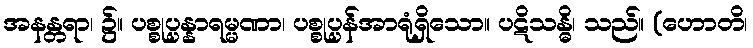
အနန္တရာ၊ ၌။ ပစ္စုပ္ပန္နာရမ္မဏာ၊ ပစ္စုပ္ပန်အာရုံရှိသော။ ပဋိသန္ဓိ၊ သည်။ (ဟောတိ၊